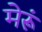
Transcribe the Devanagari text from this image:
मेरूं